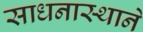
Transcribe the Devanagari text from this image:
साधनास्थाने